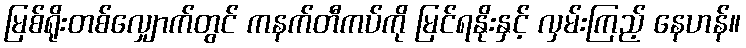
မြစ်ရိုးတစ်လျှောက်တွင် ကနက်တီကပ်ကို မြင်ရနိုးနှင့် လှမ်းကြည့် နေဟန်။